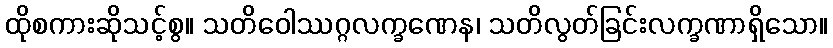
ထိုစကားဆိုသင့်စွ။ သတိဝေါဿဂ္ဂလက္ခဏေန၊ သတိလွတ်ခြင်းလက္ခဏာရှိသော။